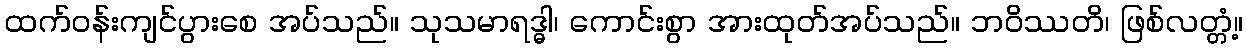
ထက်ဝန်းကျင်ပွားစေ အပ်သည်။ သုသမာရဒ္ဓါ၊ ကောင်းစွာ အားထုတ်အပ်သည်။ ဘဝိဿတိ၊ ဖြစ်လတ္တံ့။